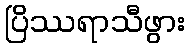
ပြိဿရာသီဖွား